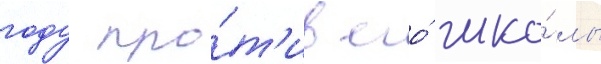
году про́т'ив его́ шко́лы